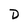
Character: D